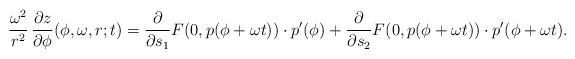
LaTeX: \begin{align*} \frac{\omega^2}{r^2}\,\frac{\partial z}{\partial \phi} (\phi,\omega,r;t) = \frac{\partial}{\partial s_1} F(0, p(\phi+\omega t))\cdot p'(\phi) + \frac{\partial}{\partial s_2} F(0,p(\phi+\omega t))\cdot p'(\phi+ \omega t). \end{align*}